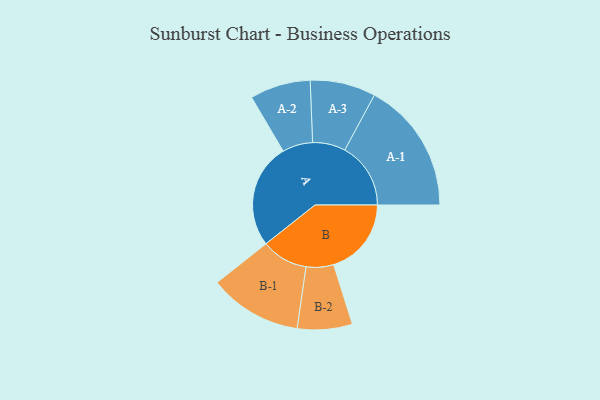
{"axis": {"x": "Segment", "y": "Value"}, "legend": ["", "A", "B"], "data": [{"x": "A", "y": 473, "type": ""}, {"x": "B", "y": 351, "type": ""}, {"x": "A-1", "y": 298, "type": "A"}, {"x": "A-2", "y": 137, "type": "A"}, {"x": "A-3", "y": 148, "type": "A"}, {"x": "B-1", "y": 210, "type": "B"}, {"x": "B-2", "y": 124, "type": "B"}]}